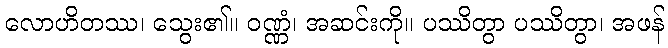
လောဟိတဿ၊ သွေး၏။ ဝဏ္ဏံ၊ အဆင်းကို။ ပဿိတွာ ပဿိတွာ၊ အဖန်